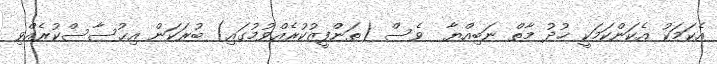
އެކަމަކު އެކަންކަމަކީ ޚުދު މާތް ނަބިއްޔާ  ވެސް (ތަންފީޒުކުރެއްވުމުގައި) ބުރަކަން އިޙުސާސްކުރެއްވި